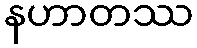
နဟာတဿ